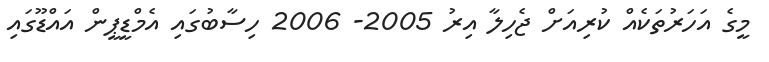
މީގެ އަހަރުތަކެއް ކުރިއަށް ޖެހިލާ އިރު 2005- 2006 ހިސާބުގައި އެމްޑީޕީން އައްޑޫގައި